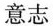
意志